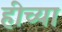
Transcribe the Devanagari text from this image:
हीच्या